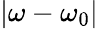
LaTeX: |\omega-\omega_{0}|